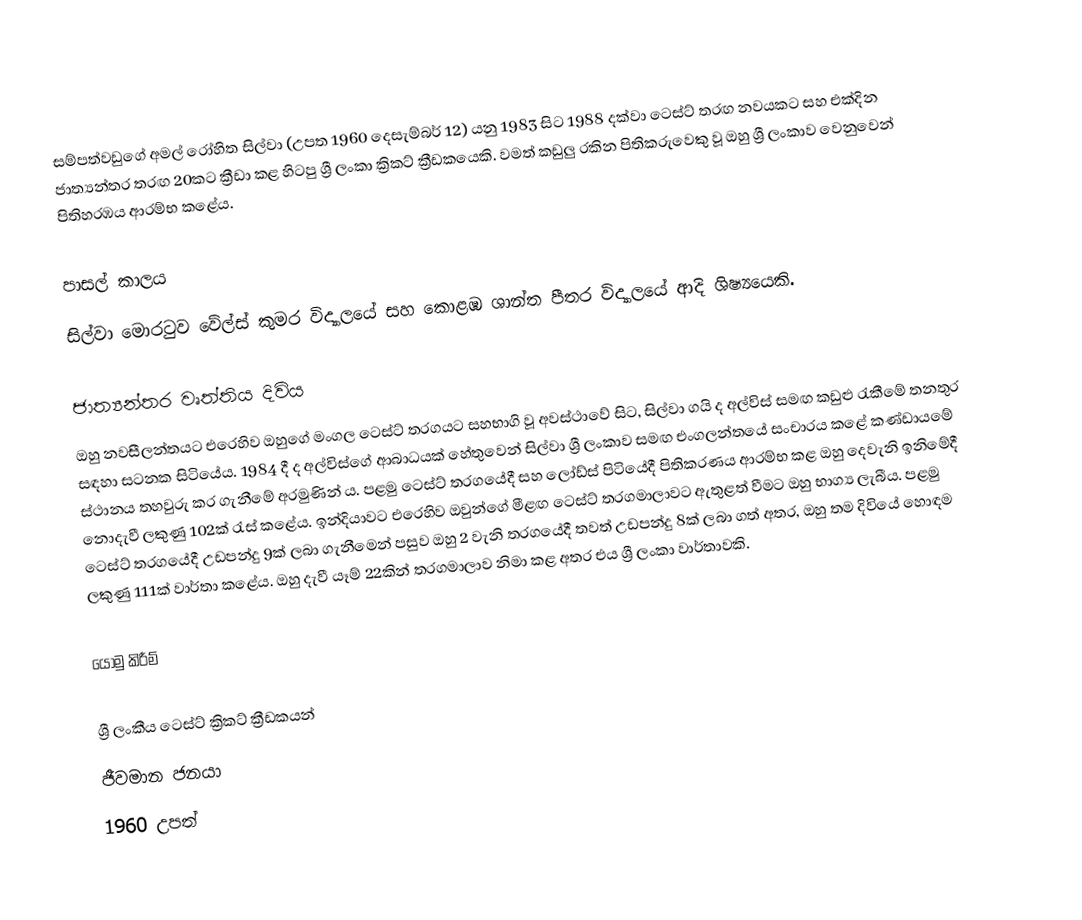
සම්පත්වඩුගේ අමල් රෝහිත සිල්වා (උපත 1960 දෙසැම්බර් 12) යනු 1983 සිට 1988 දක්වා ටෙස්ට් තරඟ නවයකට සහ එක්දින ජාත්‍යන්තර තරඟ 20කට ක්‍රීඩා කළ හිටපු ශ්‍රී ලංකා ක්‍රිකට් ක්‍රීඩකයෙකි. වමත් කඩුලු රකින පිතිකරුවෙකු වූ ඔහු ශ්‍රී ලංකාව වෙනුවෙන් පිතිහරඹය ආරම්භ කළේය.

පාසල් කාලය
සිල්වා මොරටුව වේල්ස් කුමර විද්‍යාලයේ සහ කොළඹ ශාන්ත පීතර විද්‍යාලයේ ආදි ශිෂ්‍යයෙකි.

ජාත්‍යන්තර වෘත්තිය දිවිය
ඔහු නවසීලන්තයට එරෙහිව ඔහුගේ මංගල ටෙස්ට් තරගයට සහභාගි වූ අවස්ථාවේ සිට, සිල්වා ගයි ද අල්විස් සමඟ කඩුළු රැකීමේ තනතුර සඳහා සටනක සිටියේය. 1984 දී ද අල්විස්ගේ ආබාධයක් හේතුවෙන් සිල්වා ශ්‍රී ලංකාව සමඟ එංගලන්තයේ සංචාරය කළේ කණ්ඩායමේ ස්ථානය තහවුරු කර ගැනීමේ අරමුණින් ය. පළමු ටෙස්ට් තරගයේදී සහ ලෝඩ්ස් පිටියේදී පිතිකරණය ආරම්භ කළ ඔහු දෙවැනි ඉනිමේදී නොදැවී ලකුණු 102ක් රැස් කළේය. ඉන්දියාවට එරෙහිව ඔවුන්ගේ මීළඟ ටෙස්ට් තරගමාලාවට ඇතුළත් වීමට ඔහු භාග්‍ය ලැබීය. පළමු ටෙස්ට් තරගයේදී උඩපන්දු 9ක් ලබා ගැනීමෙන් පසුව ඔහු 2 වැනි තරගයේදී තවත් උඩපන්දු 8ක් ලබා ගත් අතර, ඔහු තම දිවියේ හොඳම ලකුණු 111ක් වාර්තා කළේය. ඔහු දැවී යෑම් 22කින් තරගමාලාව නිමා කළ අතර එය ශ්‍රී ලංකා වාර්තාවකි.

යොමු කිරීම්

ශ්‍රී ලංකීය ටෙස්ට් ක්‍රිකට් ක්‍රීඩකයන්
ජීවමාන ජනයා
1960 උපත්